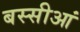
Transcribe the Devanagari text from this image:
बस्सीआं